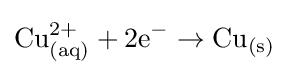
\mathrm {Cu_{(aq)}^{2+}+2e^{-}\rightarrow Cu_{(s)}\ }